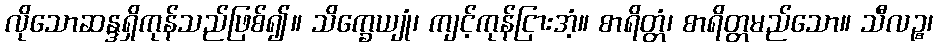
လိုသောဆန္ဒရှိကုန်သည်ဖြစ်၍။ သိက္ခေယျုံ၊ ကျင့်ကုန်ငြားအံ့။ စာရိတ္တံ၊ စာရိတ္တမည်သော။ သီလဉ္စ၊